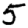
Digit: 5